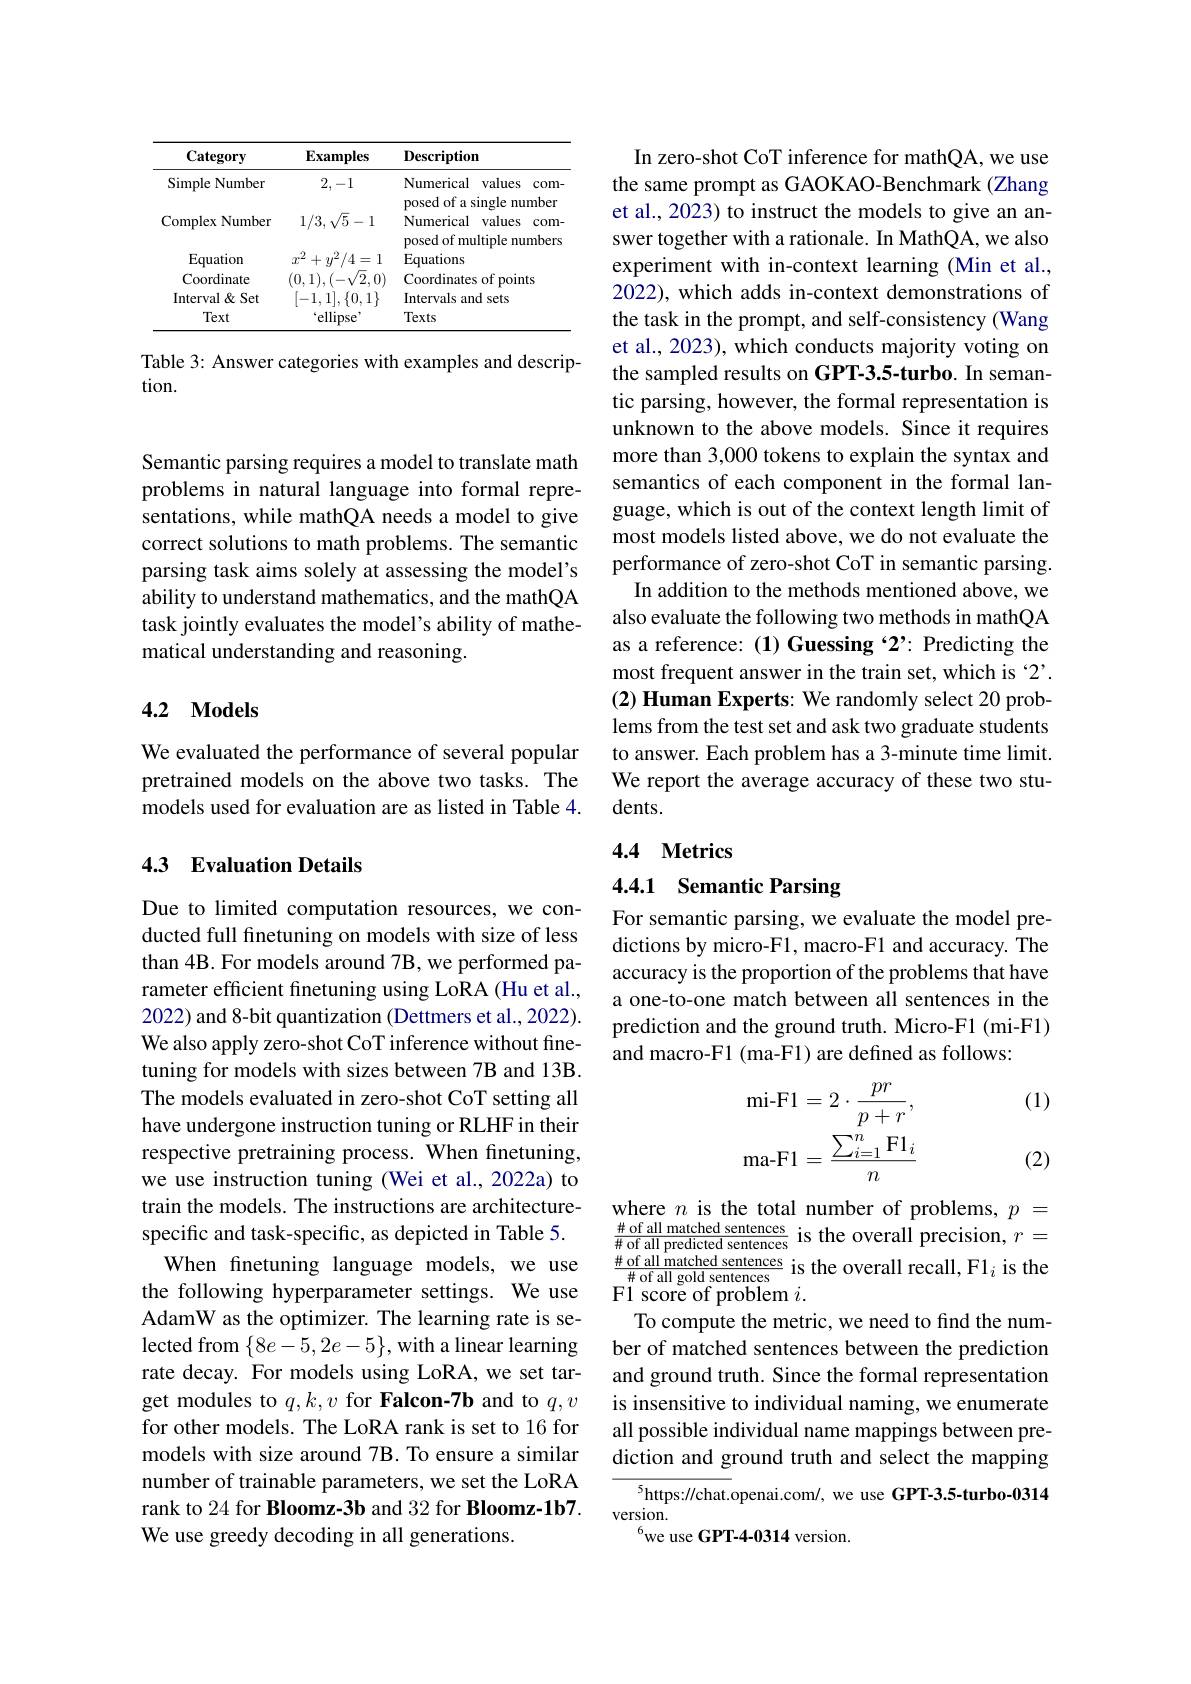
<table>
	<tbody>
		<tr>
			<th>Category</th>
			<th>$\mathbf{Examples}$</th>
			<th>${\mathbf{Description}}$</th>
		</tr>
		<tr>
			<td>Simple Number</td>
			<td>2,-1</td>
			<td>Numerical values com- $of_{2}$ $\therefore\frac{1}{1}$, $\mathbf{har}$</td>
		</tr>
		<tr>
			<td>Complex Number</td>
			<td>$1/3,\sqrt{5}-1$</td>
			<td>Puscu mer 4 44 Numerical v values com- 1 posed of multiple numbers</td>
		</tr>
		<tr>
			<td>Equation</td>
			<td>$^2/4=1$ $\gamma^{2}$ 十 $v^{2}$</td>
			<td>$P^{\prime}$ Equations</td>
		</tr>
		<tr>
			<td>Coordinate</td>
			<td>$(0,1),(-\sqrt{1})$ 72</td>
			<td>Coordinates of points</td>
		</tr>
		<tr>
			<td>Interval&Set</td>
			<td>-1. 11. $\{0$, $1\}$</td>
			<td>Intervals and sets</td>
		</tr>
		<tr>
			<td>Text</td>
			<td>ellipse</td>
			<td>Texts</td>
		</tr>
	</tbody>
</table>

Table 3: Answer categories with examples and descrip-
tion.

Semantic parsing requires a model to translate math problems in natural language into formal representations, while mathQA needs a model to give correct solutions to math problems. The semantic parsing task aims solely at assessing the model's ability to understand mathematics, and the mathQA task jointly evaluates the model's ability of mathematical understanding and reasoning.

## 4.2 Models

We evaluated the performance of several popular pretrained models on the above two tasks. The models used for evaluation are as listed in Table 4.

## 4.3 Evaluation Details

Due to limited computation resources, we conducted full finetuning on models with size of less than 4B. For models around 7 rameter efficient finetuning using LoRA (Hu et al., 2022) and 8-bit quantization (Dettmers et al., 2022). We also apply zero-shot CoT inference without finetuning for models with sizes between 7B and 13B. The models evaluated in zero-shot CoT setting all have undergone instruction tuning or RLHF in their respective pretraining process. When finetuning, we use instruction tuning (Wei et al.,2022a) to train the models. The instructions are architecturespecific and task-specific, as depicted in Table 5.
When finetuning language models, we use the following hyperparameter settings. We use AdamW as the optimizer. The learning rate is selected from $\{8e-5,2e-5\}$,with a linear learning rate decay. For models using LoRA, we set target modules to $q,k,v$ for Falcon-7b and to $q,v$ for other models. The LoRA rank is set to 16 for models with size around 7B. To ensure a similar number of trainable parameters, we set the LoRA rank to 24 for Bloomz-3b and 32 for Bloomz-1b7. We use greedy decoding in all generations.

In zero-shot CoT inference for mathQA, we use the same prompt as GAOKAO-Benchmark (Zhang et al., 2023) to instruct the models to give an answer together with a rationale. In MathQA, we also experiment with in-context learning (Min et al., 2022), which adds in-context demonstrations of the task in the prompt, and self-consistency (Wang et al., 2023), which conduct the sampled results on GPT-3.5-turbo. In semantic parsing, however, the formal representation is unknown to the above models. Since it requires more than 3,000 tokens to explain the syntax and semantics of each component in the formal language, which is out of the c most models listed above, we do not evaluate the performance of zero-shot CoT in semantic parsing.
In addition to the methods mentioned above, we also evaluate the following two methods in mathQA as a reference:(1) Guessing $^{\cdot2}$? Predicting the most frequent answer in the train set, which is $`2’.$ (2) Human Experts: We randomly select 20 problems from the test set and ask two graduate students to answer. Each problem has a 3-minute time limit. We report the average accuracy of these two students.

# 4.4 Metrics

4.4.1 Semantic Parsing

For semantic parsing, we evaluate the model predictions by micro-F1, macro-F1 and accuracy. The accuracy is the proportion of the problems that have a one-to-one match between all sentences in the prediction and the ground truth. Micro-F1 (mi-F1) and macro-F1 (ma-F1) are defined as follows:

(1)
$$\begin{aligned}\text{mi-F1}&=2\cdot\frac{pr}{p+r},\\\text{ma-F1}&=\frac{\sum_{i=1}^n\text{F1}_i}{n}\end{aligned}$$
(2)

where $n$ is the total number of problems, $p=$ $\frac{\#\text{ of all matched sentenc$ $\frac{\text{of all matched sentences}}{\#\text{ of all gold sentences}}$ is the overall recall, F1$_i$ is the F1 score of problem $i.$
To compute the metric, we need to find the number of matched sentences between the prediction and ground truth. Since the formal representation is insensitive to individual naming, we enumerate all possible individual name diction and ground truth and select the mapping
$^{5}$https://chat.openai.com/, we use GPT-3.5-turbo-0314
version.
$^{6}$we use GPT-4-0314 vers